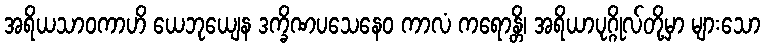
အရိယသာဝကာဟိ ယေဘုယျေန ဒက္ခိဏပသေနေဝ ကာလံ ကရောန္တိ၊ အရိယာပုဂ္ဂိုလ်တို့မှာ များသော